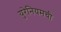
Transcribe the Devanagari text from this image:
युरेनियमची